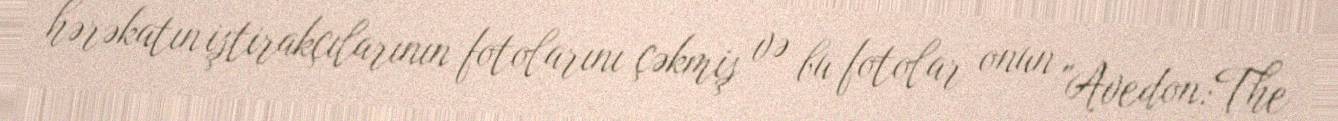
hərəkatın iştirakçılarının fotolarını çəkmiş və bu fotolar onun "Avedon:The